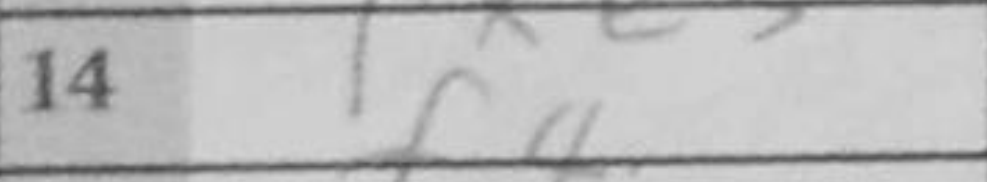
Transcription: f4